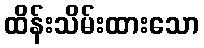
ထိန်းသိမ်းထားသော